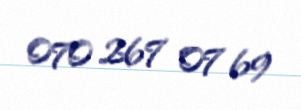
070 267 07 69